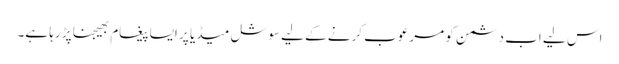
اس لیے اب دشمن کو مرعوب کرنے کے لیے سوشل میڈیا پر ایسا پیغام بھیجنا پڑ رہا ہے۔